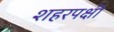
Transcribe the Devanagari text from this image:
शहरपक्षी